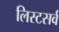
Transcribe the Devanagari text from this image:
लिस्टसर्व